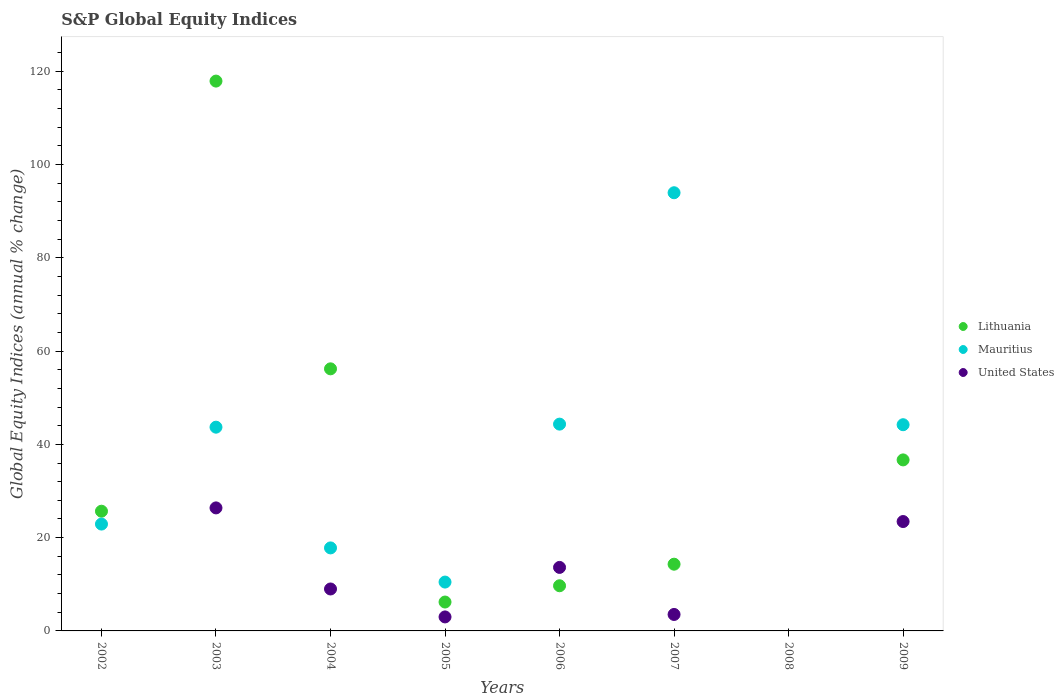
| Years | Lithuania | Mauritius | United States |
 | --- | --- | --- | --- |
 | 2002 | 25.7 | 22.9 | -23.4 |
 | 2003 | 118 | 43.7 | 26.4 |
 | 2004 | 56.2 | 17.8 | 8.99 |
 | 2005 | 6.19 | 10.5 | 3 |
 | 2006 | 9.68 | 44.3 | 13.6 |
 | 2007 | 14.3 | 94 | 3.53 |
 | 2008 | -73 | -49.2 | -38.5 |
 | 2009 | 36.7 | 44.2 | 23.5 |